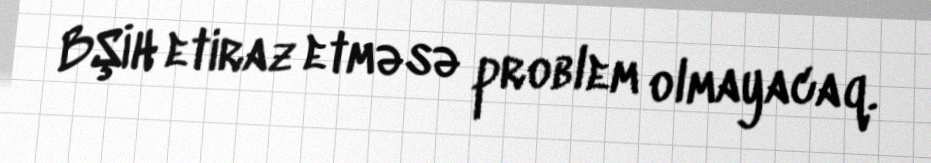
BŞİH etiraz etməsə problem olmayacaq.